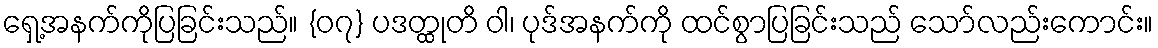
ရှေ့အနက်ကိုပြခြင်းသည်။ {၀၇} ပဒတ္ထုတိ ဝါ၊ ပုဒ်အနက်ကို ထင်စွာပြခြင်းသည် သော်လည်းကောင်း။